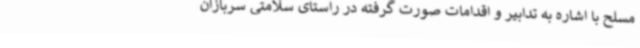
مسلح با اشاره به تدابیر و اقدامات صورت گرفته در راستای سلامتی سربازان